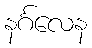
နင်္ဂလေန